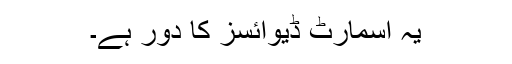
یہ اسمارٹ ڈیوائسز کا دور ہے۔